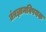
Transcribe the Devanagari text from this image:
तंत्रज्ञानविषयक